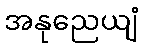
အနုညေယျံ